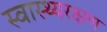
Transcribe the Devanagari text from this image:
स्वास्थ्यरक्षण